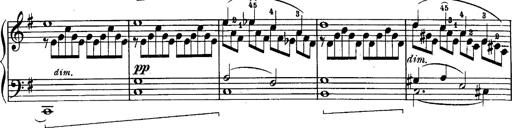
Title: Schubert's Impromptus [revised and edited by Franz Liszt]
Composer: Franz Liszt